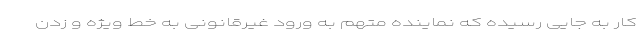
کار به جایی رسیده که نماینده متهم به ورود غیرقانونی به خط ویژه و زدن